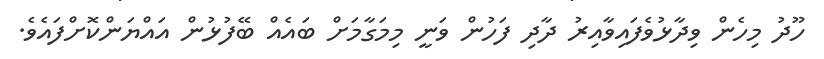
ހޫދު މިހެން ވިދާޅުވެފައިވާއިރު ދާދި ފަހުން ވަނީ މިމަގާމަށް ބައެއް ބޭފުޅުން އައްޔަންކޮށްފައެވެ.